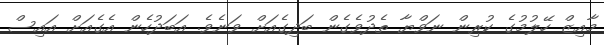
މާއިޒް ހޭލުމުގެ ކުރިން ނަވްޔާ ތެދުވެގެން ބަދިގެއަށް ވަނެެވެ. އަބަދުހެން އެގެއަށް އައިސް